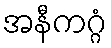
အနီကဂ္ဂံ